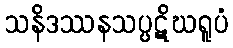
သနိဒဿနသပ္ပဋိဃရူပံ